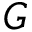
G